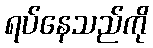
ရပ်နေသည်ကို